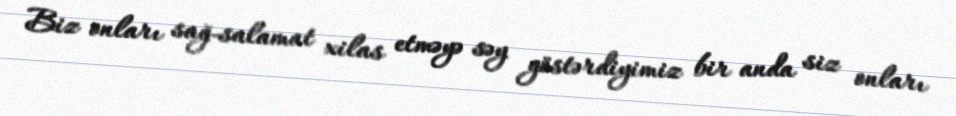
Biz onları sağ-salamat xilas etməyə səy göstərdiyimiz bir anda siz onları